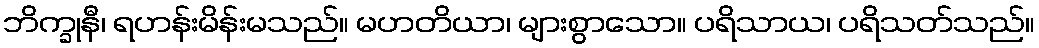
ဘိက္ခုနီ၊ ရဟန်းမိန်းမသည်။ မဟတိယာ၊ များစွာသော။ ပရိသာယ၊ ပရိသတ်သည်။